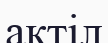
актіл